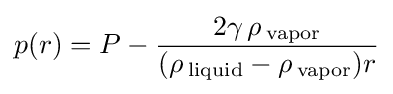
p(r)=P-{\frac {2\gamma \,\rho \,_{\rm {vapor}}}{(\rho \,_{\rm {liquid}}-\rho \,_{\rm {vapor}})r}}